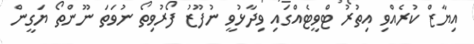
އިޔާޒް ކުރެއްވި އިތުރު ޓްވީޓެއްގައި ވިދާޅުވީ ނުފޫޒު ފޯރުވިތޯ ނުވަތަ ނޫންތޯ ޔަގީން